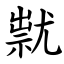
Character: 㞊